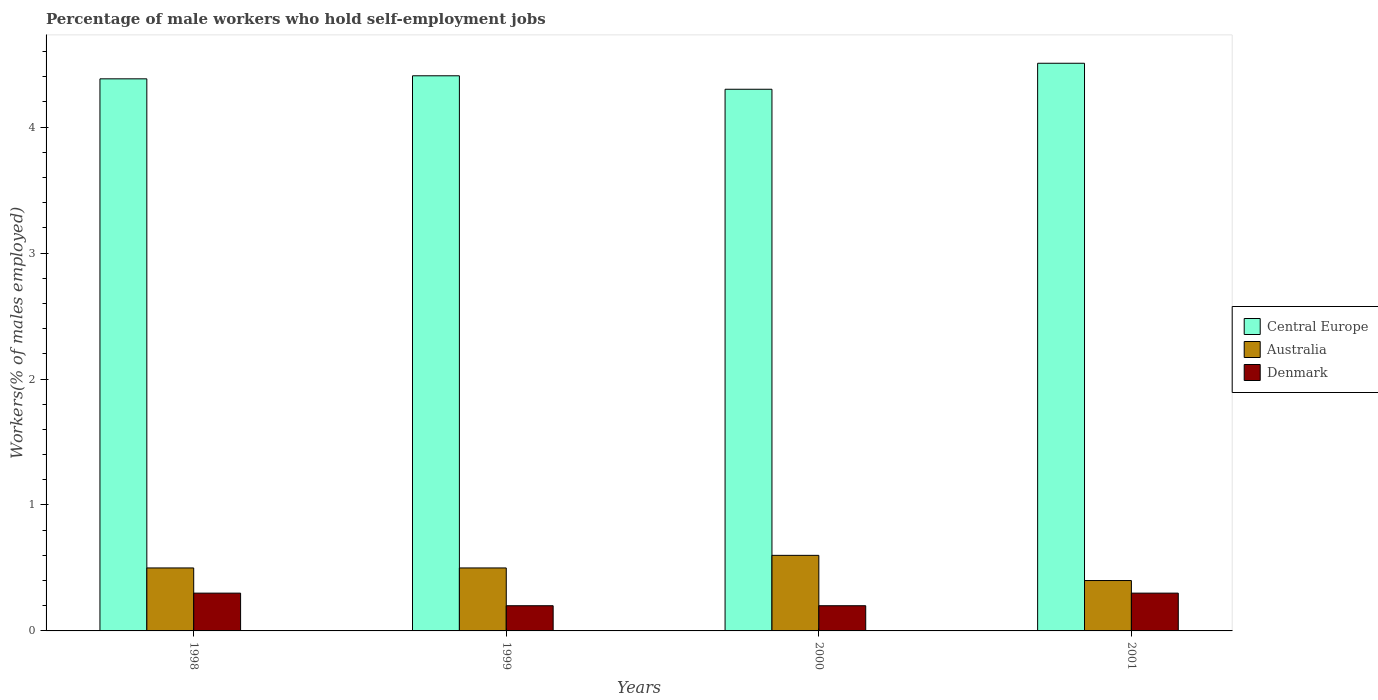
| Years | Central Europe | Australia | Denmark |
 | --- | --- | --- | --- |
 | 1998 | 4.38 | 0.5 | 0.3 |
 | 1999 | 4.41 | 0.5 | 0.2 |
 | 2000 | 4.3 | 0.6 | 0.2 |
 | 2001 | 4.51 | 0.4 | 0.3 |